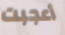
أعجبت